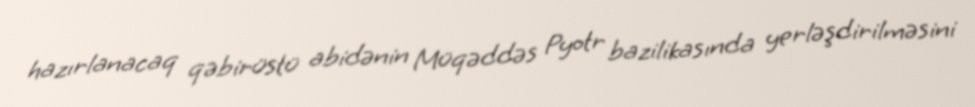
hazırlanacaq qəbirüstü abidənin Müqəddəs Pyotr bazilikasında yerləşdirilməsini